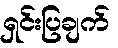
ရှင်းပြချက်